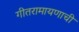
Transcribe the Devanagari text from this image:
गीतरामायणाची